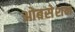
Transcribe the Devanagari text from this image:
ओबसेशन